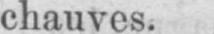
chauves.